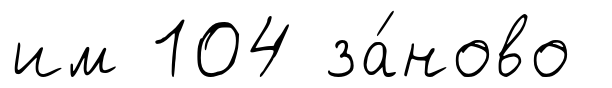
им 104 за́ново